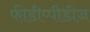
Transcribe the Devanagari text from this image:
फीडीप्पीडीज